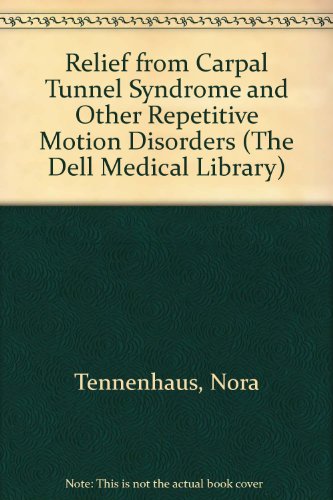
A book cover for Relief From Carpal Tunnel Syndrome (The Dell Medical Library); Norra Tannenhaus; Health, Fitness & Dieting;